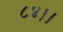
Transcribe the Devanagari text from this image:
८४।।